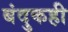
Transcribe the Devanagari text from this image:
बंदुकही